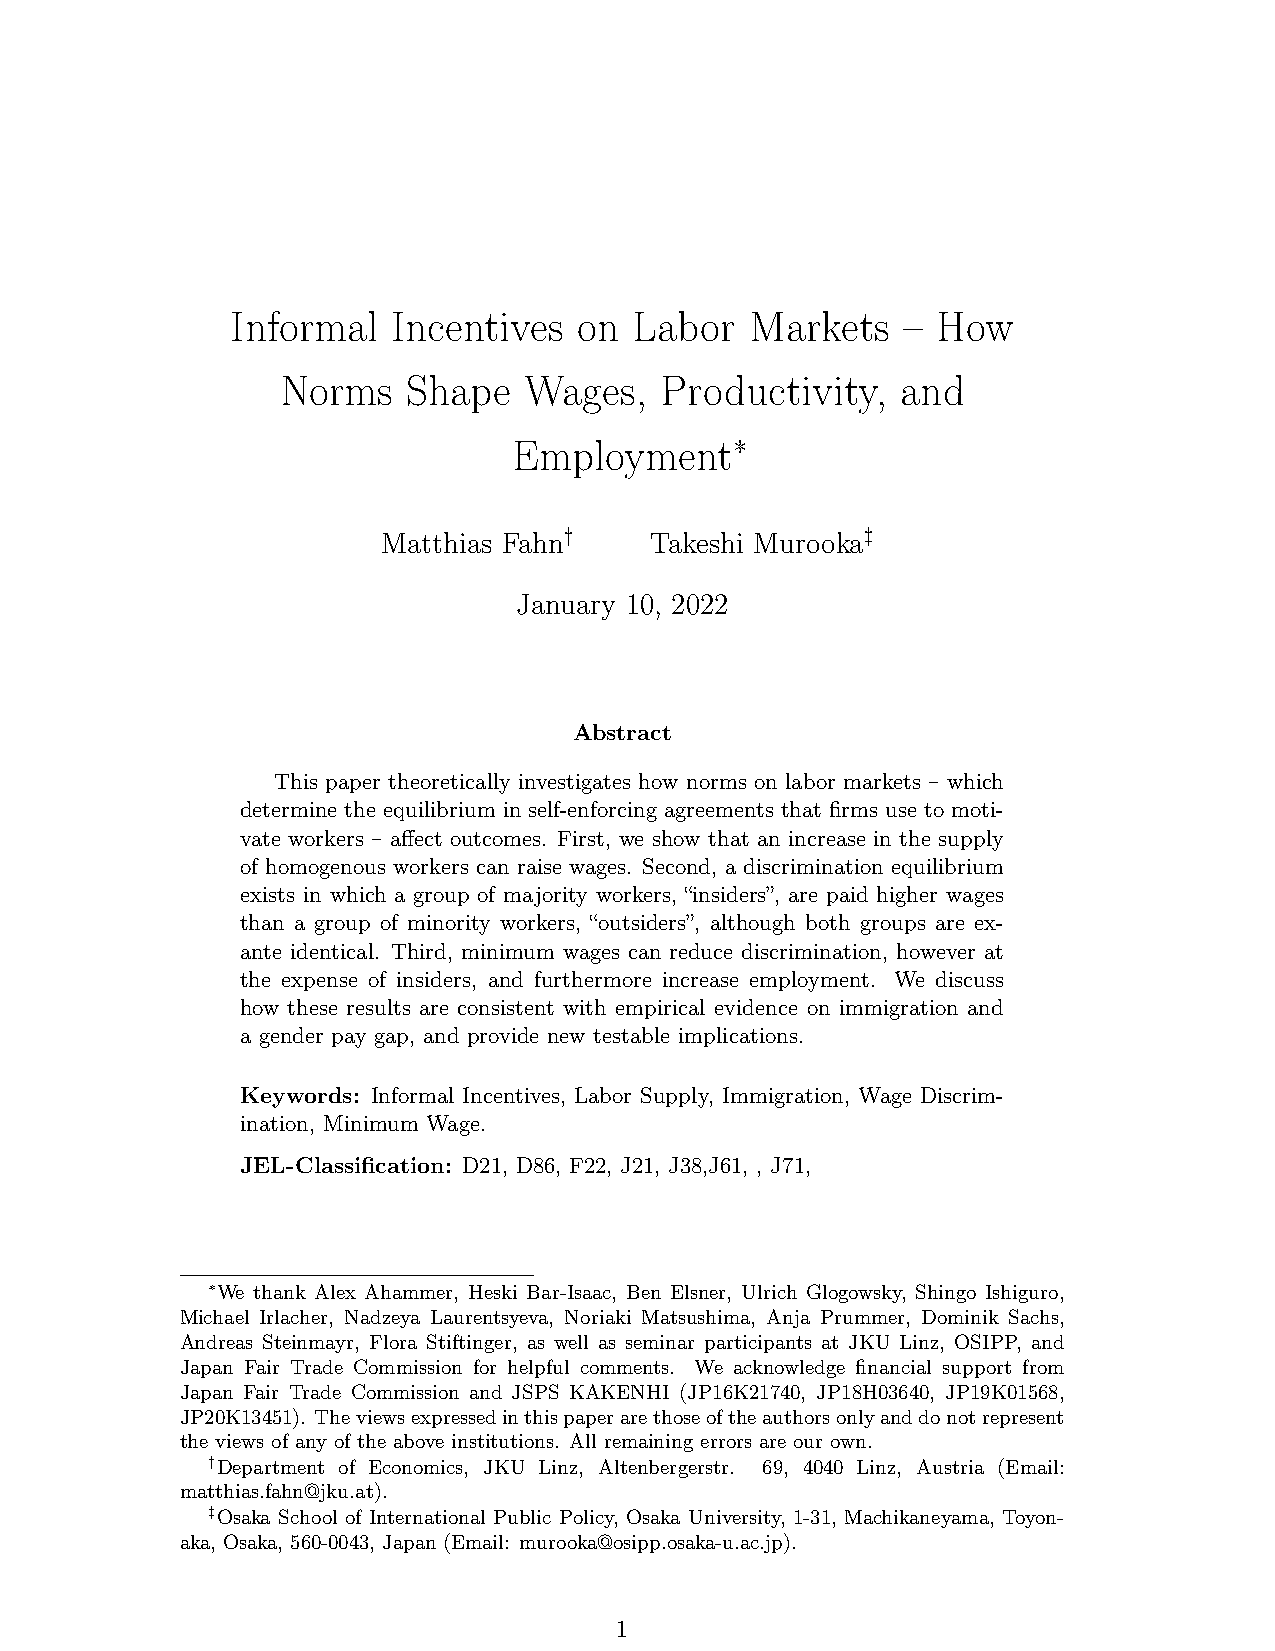
Informal   Incentives  on  Labor   Markets   – How
 Norms   Shape   Wages,   Productivity,   and
 Employment∗
 Matthias Fahn†    Takeshi Murooka‡
 January 10, 2022
 Abstract
 This paper theoretically investigates how norms on labor markets – which
 determine the equilibrium in self-enforcing agreements that firms use to moti-
 vate workers – affect outcomes. First, we show that an increase in the supply
 of homogenous workers can raise wages. Second, a discrimination equilibrium
 exists in which a group of majority workers, “insiders”, are paid higher wages
 than a group of minority workers, “outsiders”, although both groups are ex-
 ante identical. Third, minimum wages can reduce discrimination, however at
 the expense of insiders, and furthermore increase employment. We discuss
 how these results are consistent with empirical evidence on immigration and
 a gender pay gap, and provide new testable implications.
 Keywords: Informal Incentives, Labor Supply, Immigration, Wage Discrim-
 ination, Minimum Wage.
 JEL-Classification: D21, D86, F22, J21, J38,J61, , J71,
 ∗We thank Alex Ahammer, Heski Bar-Isaac, Ben Elsner, Ulrich Glogowsky, Shingo Ishiguro,
 Michael Irlacher, Nadzeya Laurentsyeva, Noriaki Matsushima, Anja Prummer, Dominik Sachs,
 Andreas Steinmayr, Flora Stiftinger, as well as seminar participants at JKU Linz, OSIPP, and
 Japan Fair Trade Commission for helpful comments. We acknowledge financial support from
 Japan Fair Trade Commission and JSPS KAKENHI (JP16K21740, JP18H03640, JP19K01568,
 JP20K13451). Theviewsexpressedinthispaperarethoseoftheauthorsonlyanddonotrepresent
 the views of any of the above institutions. All remaining errors are our own.
 †Department of Economics, JKU Linz, Altenbergerstr. 69, 4040 Linz, Austria (Email:
 matthias.fahn@jku.at).
 ‡Osaka School of International Public Policy, Osaka University, 1-31, Machikaneyama, Toyon-
 aka, Osaka, 560-0043, Japan (Email: murooka@osipp.osaka-u.ac.jp).
 1